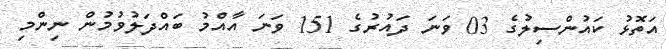
އަތޮޅު ކައުންސިލުގެ 03 ވަނަ ދައުރުގެ 151 ވަނަ އާއްމު ބައްދަލުވުމުން ނިންމި